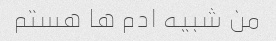
من شبیه ادم ها هستم